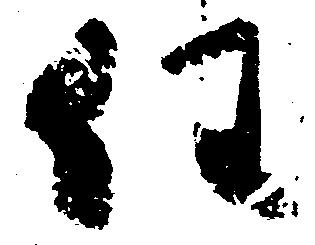
任